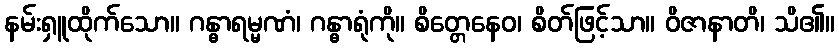
နမ်းရှူထိုက်သော။ ဂန္ဓာရမ္မဏံ၊ ဂန္ဓာရုံကို။ စိတ္တေနေဝ၊ စိတ်ဖြင့်သာ။ ဝိဇာနာတိ၊ သိ၏။